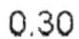
0.30